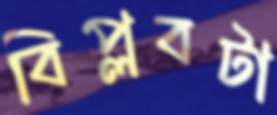
বিপ্লবটা